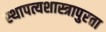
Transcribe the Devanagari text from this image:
स्थापत्यशास्त्रापुरता